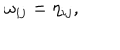
\omega _ { i j } = \eta _ { i j } ,